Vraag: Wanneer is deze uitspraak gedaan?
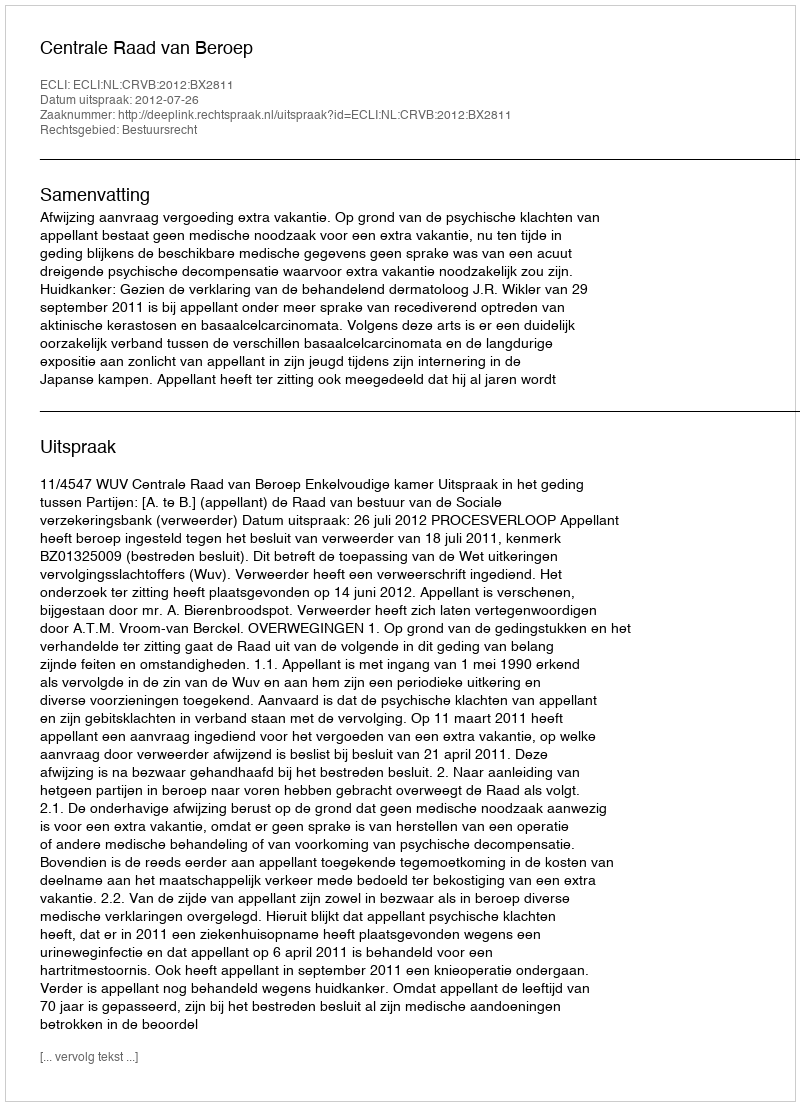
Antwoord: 2012-07-26